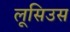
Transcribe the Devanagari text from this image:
लूसिउस